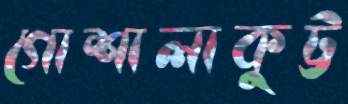
গোশালাকুট্ট